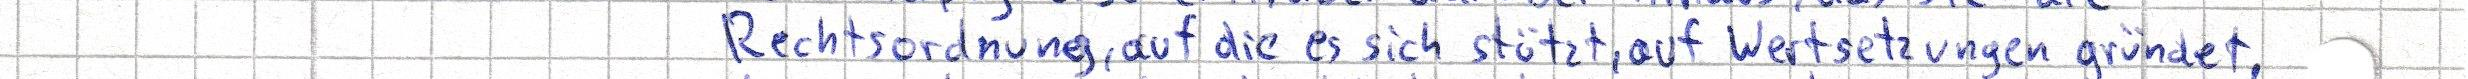
Rechtsordnung, auf die es sich stützt, auf Wertsetzungen gründet.